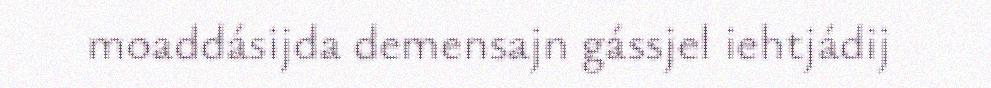
moaddásijda demensajn gássjel iehtjádij